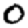
Digit: 0